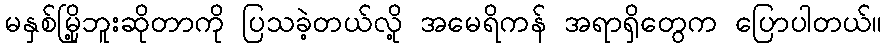
မနှစ်မြို့ဘူးဆိုတာကို ပြသခဲ့တယ်လို့ အမေရိကန် အရာရှိတွေက ပြောပါတယ်။